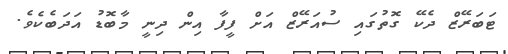
ޓަބަރޭޒް ދެކޭ ގޮތުގައި ސުއަރޭޒް އަށް ފީފާ އިން ދިނީ މާބޮޑު އަދަބެކެވެ.